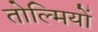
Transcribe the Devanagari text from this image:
तोल्मियों